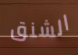
الشنق